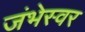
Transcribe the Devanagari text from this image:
जंभेस्वर